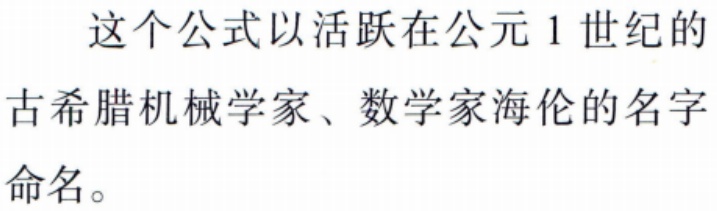
这个公式以活跃在公元 1 世纪的古希腊机械学家、数学家海伦的名字命名。